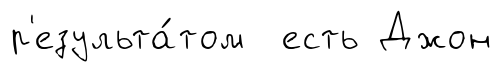
р'езульта́том есть Джон